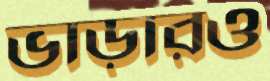
ভাড়ারও